Senior Leaving Certificate Examination (including Day School Certificate (Higher) General paper), 1947
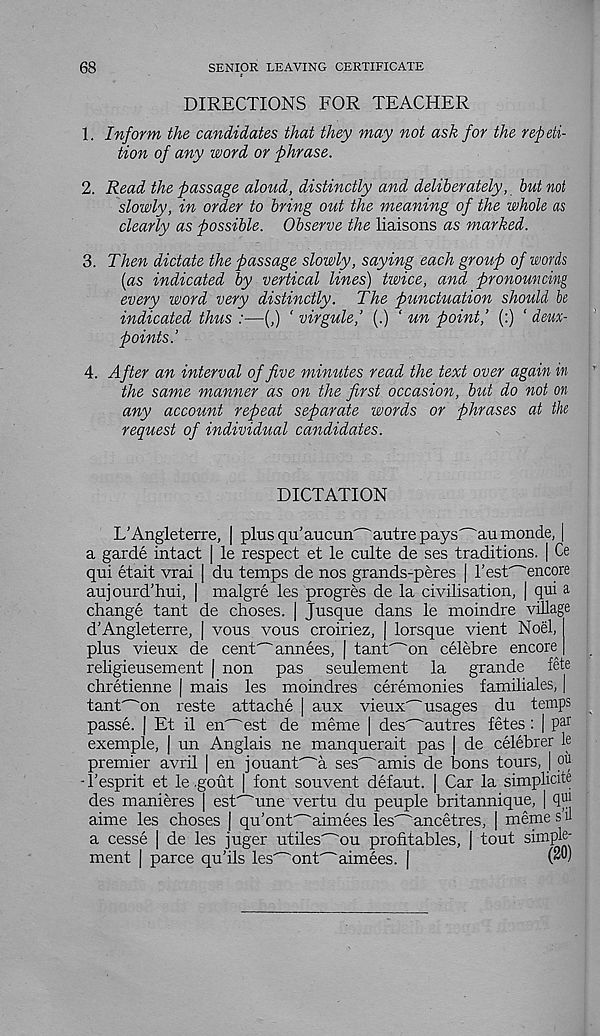
68
SENIOR LEAVING CERTIFICATE
DIRECTIONS FOR TEACHER
1. Inform the candidates that they may not ask for the repeti-
tion of any word or phrase.
2. Read the passage aloud, distinctly and deliberately, but not
slowly, in order to bring out the meaning of the whole as
clearly as possible. Observe the liaisons as marked.
3. Then dictate the passage slowly, saying each group of words
(as indicated by vertical lines) twice, and pronouncing
every word very distinctly. The punctuation should be
indicated thus :—(,) ' virgule,’ (.) ‘ un point,’ (:) ‘ deux-
points.’
4. After an interval of five minutes read the text over again in
the same manner as on the first occasion, but do not on
any account repeat separate words or phrases at the
request of individual candidates.
DICTATION
L’Angleterre, | plus qu’aucun' - 'autre pays^au monde, |
a garde intact | le respect et le culte de ses traditions. | Ce
qui etait vrai | du temps de nos grands-peres | I’estTncore
auj ourd’hui, | malgre les progres de la civilisation, | qui a
change tant de choses. | Jusque dans le moindre village
d’Angleterre, | vous vous croiriez, | lorsque vient Noel,
plus vieux de cent^annees, | tant'~'on celebre encore
religieusement | non pas seulement la grande fete
chretienne | mais les moindres ceremonies familiales, |
tant^on reste attache | aux vieux"~ usages du temps
passe. | Et il en^est de meme | des^autres fetes : | p ar
exemple, | un Anglais ne manquerait pas | de celebrer le
premier avril | en jouant^a ses' - " amis de bons tours, | ou
• 1’esprit et le .gout | font souvent defaut. | Car la simplicite
des manieres | est^une vertu du peuple britannique, | quj
aime les choses | qu’ont^"aimees les^ancetres, | meme s u
a cesse | de les juger utiles'~'ou profitables, | tout simple'
ment | parce qu'ils les^ont^ aimees. |
(^1